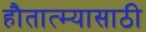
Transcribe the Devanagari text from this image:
हौतात्म्यासाठी